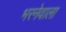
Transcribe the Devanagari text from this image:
भरनेवाला